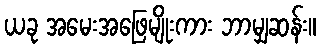
ယခု အမေးအဖြေမျိုးကား ဘာမျှဆန်း။